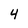
Character: 4